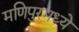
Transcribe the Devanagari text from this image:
मणिपुरमध्ये